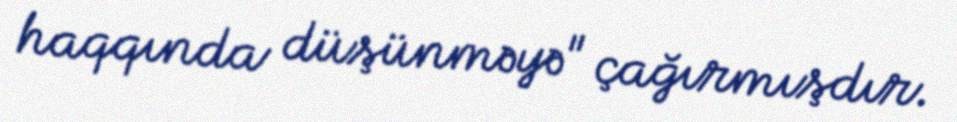
haqqında düşünməyə" çağırmışdır.